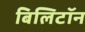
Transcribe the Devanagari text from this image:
बिलिटॉन